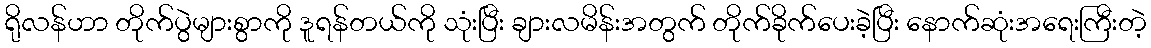
ရိုလန်ဟာ တိုက်ပွဲများစွာကို ဒူရန်တယ်ကို သုံးပြီး ချားလမိန်းအတွက် တိုက်ခိုက်ပေးခဲ့ပြီး နောက်ဆုံးအရေးကြီးတဲ့